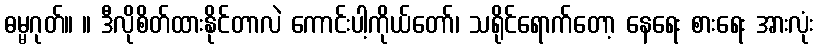
ဓမ္မဂုတ်။ ။ ဒီလိုစိတ်ထားနိုင်တာလဲ ကောင်းပါ့ကိုယ်တော်၊ သရိုင်ရောက်တော့ နေရေး စားရေး အားလုံး